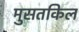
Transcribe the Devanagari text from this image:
मुसतकिल